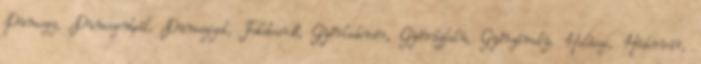
Dunaszeg, Dunaszentpál, Dunasziget, Feketeerdő, Győrladamér, Győrújfalu, Győrzámoly, Halászi, Hédervár,